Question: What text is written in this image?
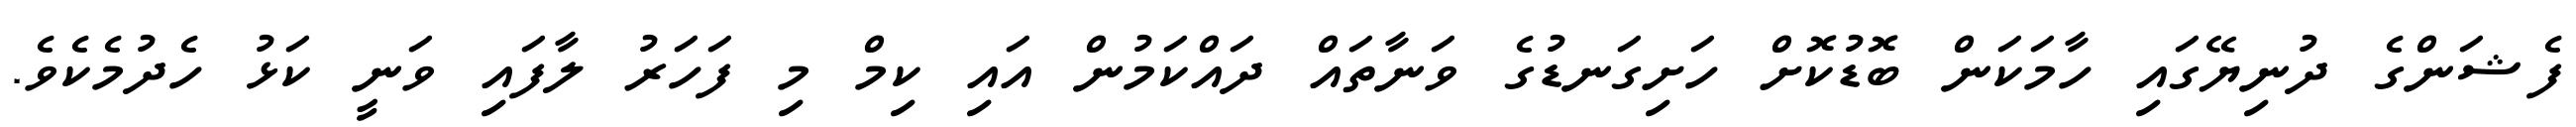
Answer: ފެޝަންގެ ދުނިޔޭގައި ހާމަކަން ބޮޑުކޮށް ހަށިގަނޑުގެ ވަނާތައް ދައްކަމުން އައި ކިމް މި ފަހަރު ލާފައި ވަނީ ކަޅު ހެދުމެކެވެ.